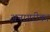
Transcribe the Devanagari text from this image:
अनागरीका